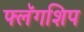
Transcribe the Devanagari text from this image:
फ्लॅगशिप